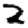
Digit: 2